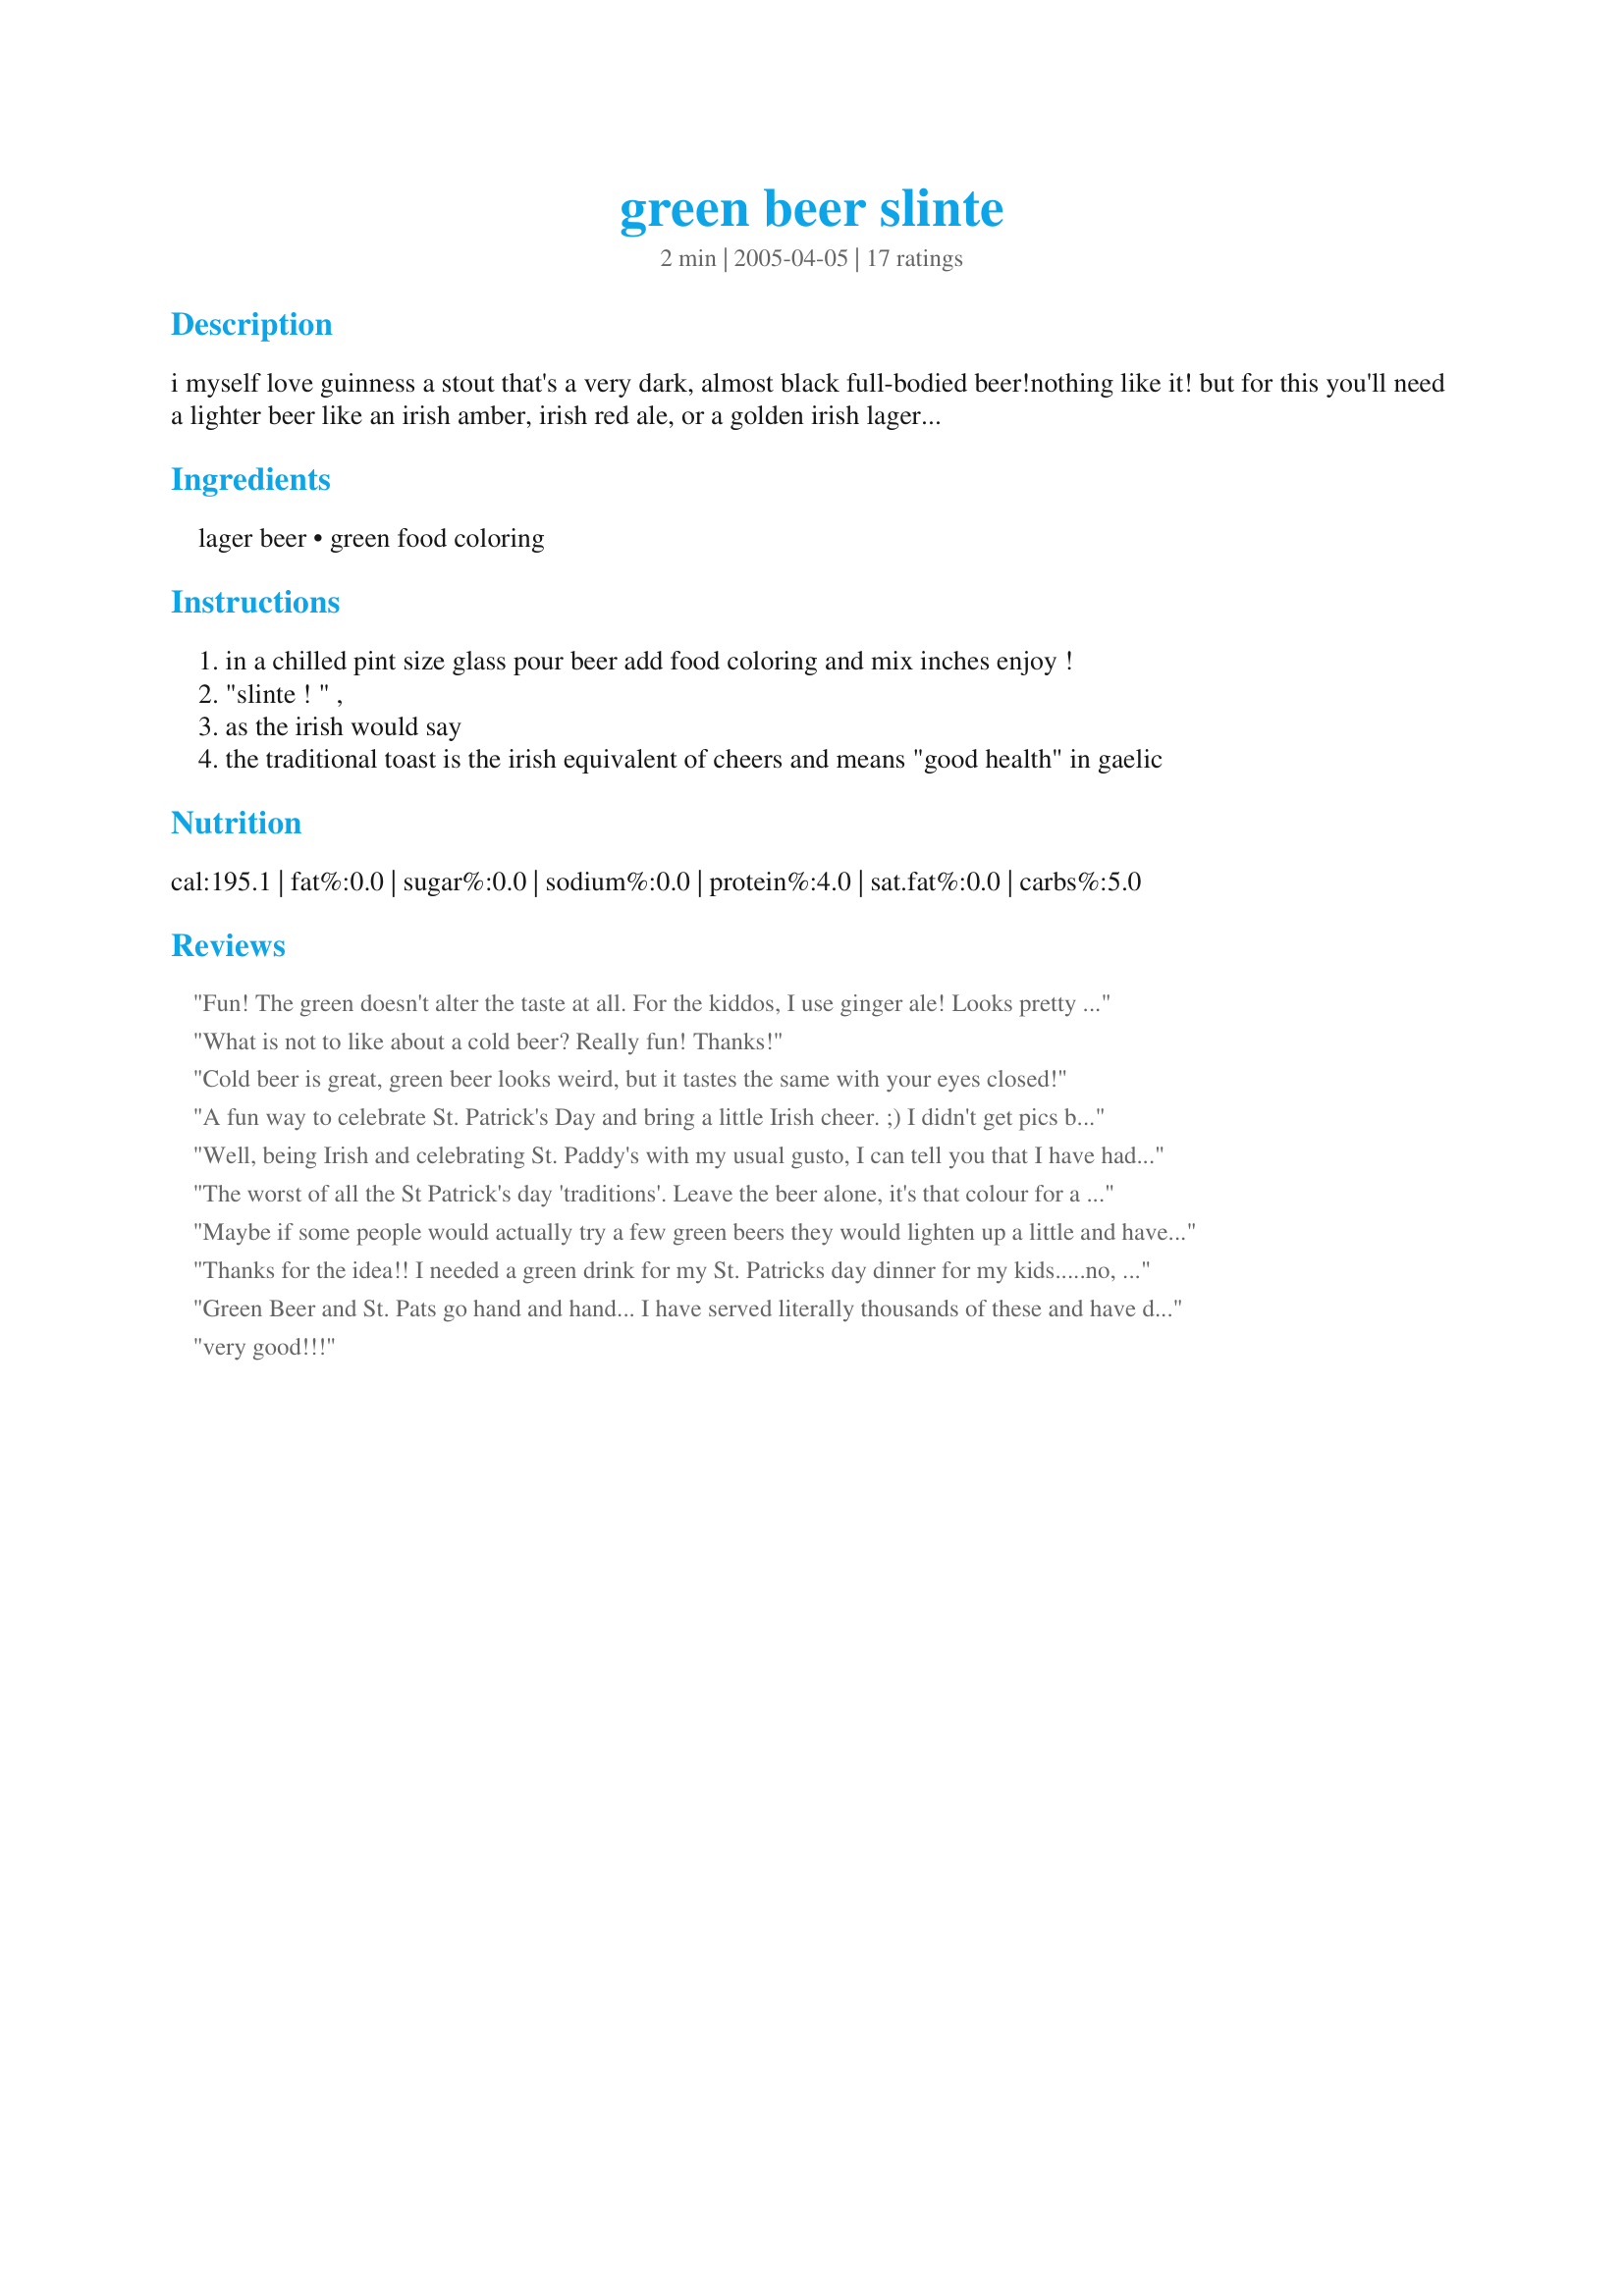
green beer slinte
Preparation time: 2 minutes

i myself love guinness a stout that's a very dark, almost black full-bodied beer!nothing like it! but for this you'll need a lighter beer like an irish amber, irish red ale, or a golden irish lager style beerpint glasses (16 oz). i make this for fun on st. patty's day. for the kids use a clear juice with coloring. this is a great way to get people interested in culture! bring them in and the teach them.

Ingredients:
lager beer, green food coloring

Steps:
in a chilled pint size glass pour beer add food coloring and mix inches enjoy !
"slinte ! " ,
as the irish would say
the traditional toast is the irish equivalent of cheers and means "good health" in gaelic

Reviews:
Fun! The green doesn't alter the taste at all. For the kiddos, I use ginger ale! Looks pretty much the same.
What is not to like about a cold beer? 

Really fun! 

Thanks!
Cold beer is great, green beer looks weird, but it tastes the same with your eyes closed!
A fun way to celebrate St. Patrick's Day and bring a little Irish cheer. ;) I didn't get pics but will post some with the kids juice version! Nice post Rita, thanks!
Well, being Irish and celebrating St. Paddy's with my usual gusto, I can tell you that I have had more than my fair share of Green Beer. I worked in a Pub and it was a fun annual tradition to serve these on St. Paddy's Day.
The beer has the same taste and flavour of course, just looks a little funny, but the point is, it is FUN!
Give it a try! Thanks for posting Rita!

The worst of all the St Patrick's day 'traditions'. Leave the beer alone, it's that colour for a reason!
Maybe if some people would actually try a few green beers they would lighten up a little and have some fun. This is a fun recipe honoring our Irish brethren. Peace.
Thanks for the idea!! I needed a green drink for my St. Patricks day dinner for my kids.....no, I'm not giving them beer, I'm making green ginger ale!!!!
Green Beer and St. Pats go hand and hand... I have served literally thousands of these and have drank my fair share! This is a wonderful way to celebrate St. Pattys! It does nothing to the flavor... just make sure you don't get the coloring on your hand as you are dropping it in the glass! Cheers!!!! Thanks Rita for sharing this recipe!
very good!!!
What's not to like?? PERFECT!!!!!!! :)
Ah..memories of my college days. The going joke at the St. Patty's Party I went to was a Leprechaun peed in the beer and that's why it was green! Of course, I decided to decline my glass to be the designated driver, but it was hilarious watching everyone else drink the "Leprechaun Pee". College kids will be college kids! Thanks for the memory, Rita! Happy Patty's Day and CHEERS!
A must for every St. Patty's Day gathering. We had last minute dinner guest join us for our corned beef and cabbage, and I thought this would be the perfect thing to sip while I finished dinner prep.
Great idea for making Irish lager even more "Irish"! I used my very favorite, Harp lager.And, though it may not be very Irish of me, I add a bit of Rose's Lime Juice to mine. Thanks Rita! Made for Zaar World Tour.
What could be more fun?! I plan on having many of these this weekend!!! Thank you, Rita!
I love to do this....you can use blue food color also since it is mixed with beer which is yellow and makes green!!
I prefer dark beer. But, I think this idea is so cute for St. Patrick's Day!
